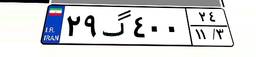
۲۹گ۴۰۰۲۴